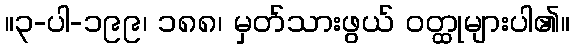
။၃-ပါ-၁၉၉၊ ၁၈၈၊ မှတ်သားဖွယ် ဝတ္ထုများပါ၏။